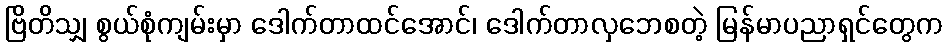
ဗြိတိသျှ စွယ်စုံကျမ်းမှာ ဒေါက်တာထင်အောင်၊ ဒေါက်တာလှဘေစတဲ့ မြန်မာပညာရှင်တွေက